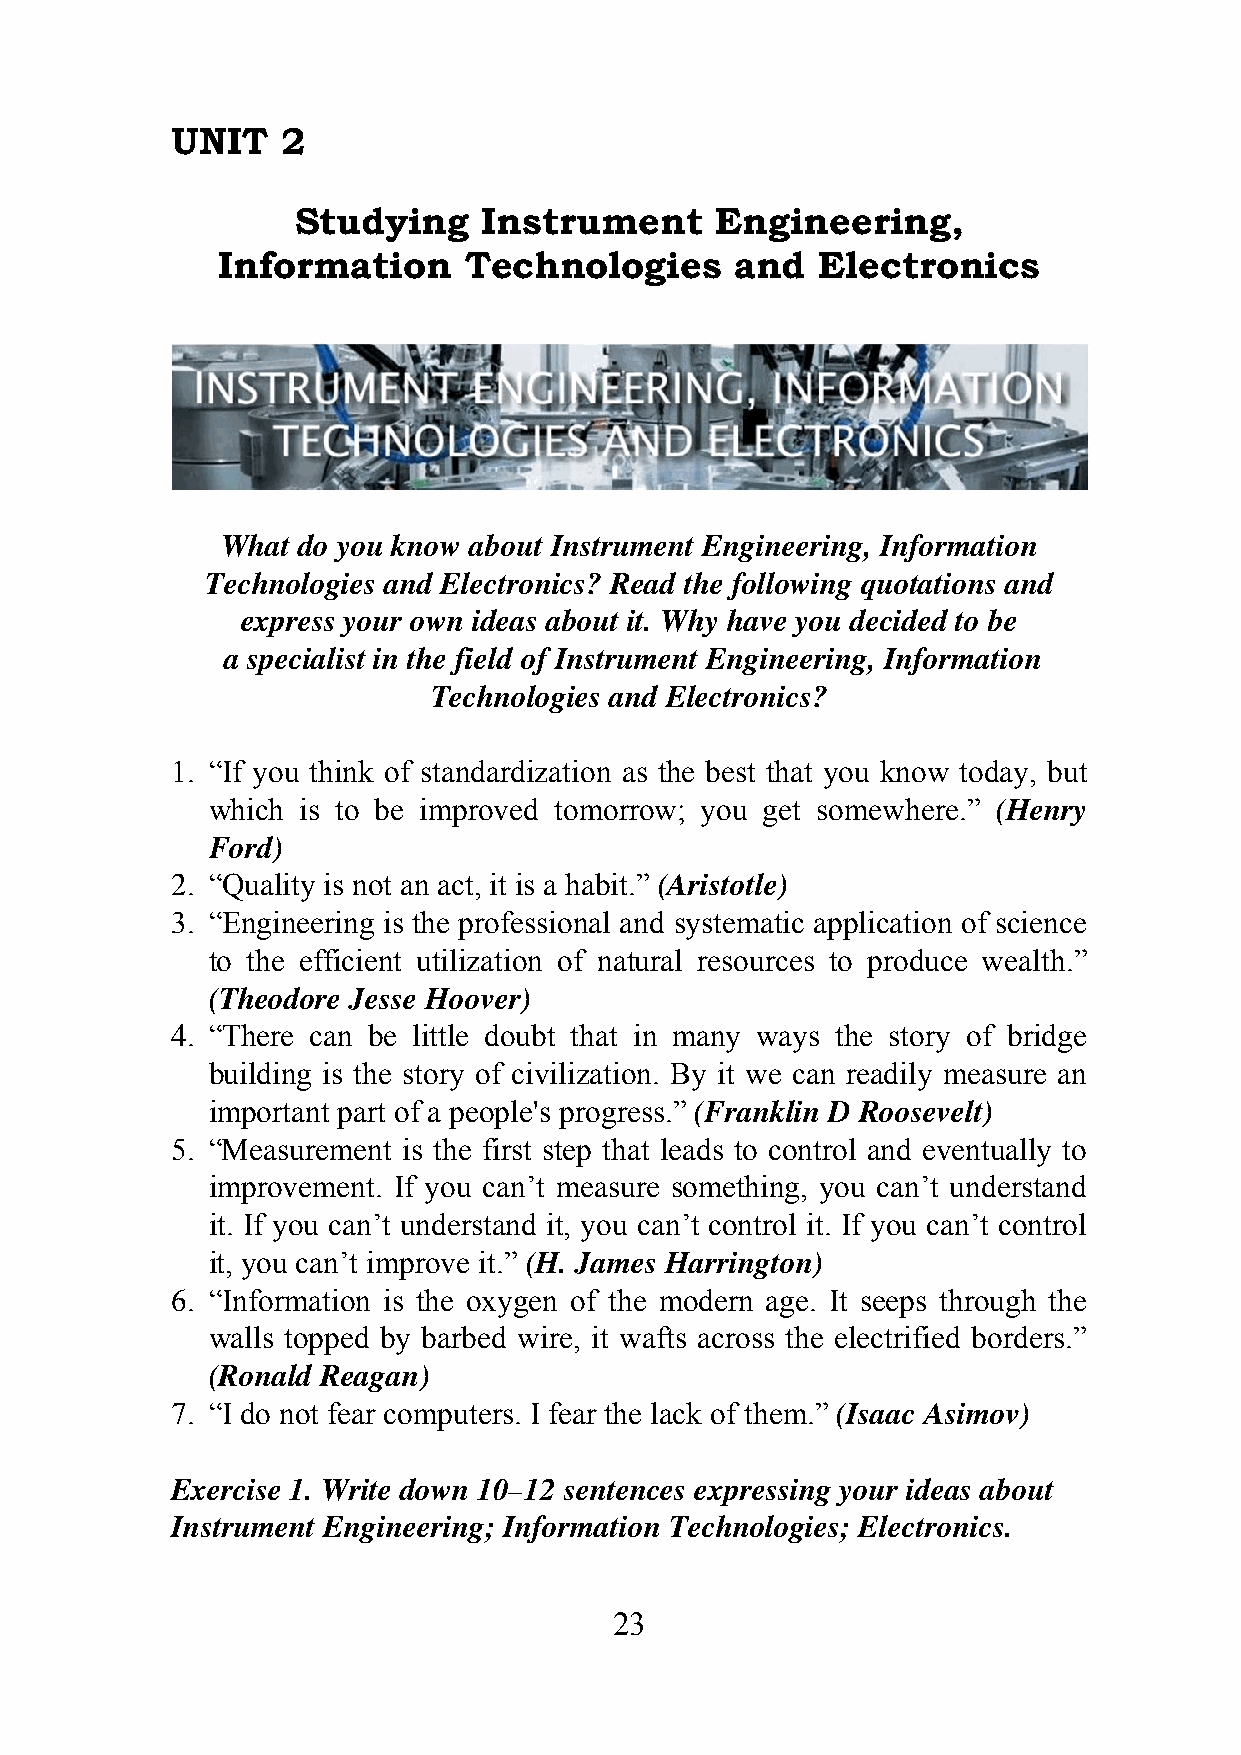
UNIT    2
 Studying     Instrument     Engineering,
 Information      Technologies      and  Electronics
 What do you know about Instrument Engineering, Information
 Technologies and Electronics? Read the following quotations and
 express your own ideas about it. Why have you decided to be
 a specialist in the field of Instrument Engineering, Information
 Technologies and Electronics?
 1. “If you think of standardization as the best that you know today, but
 which is to be improved tomorrow; you get somewhere.” (Henry
 Ford)
 2. “Quality is not an act, it is a habit.” (Aristotle)
 3. “Engineering is the professional and systematic application of science
 to the efficient utilization of natural resources to produce wealth.”
 (Theodore Jesse Hoover)
 4. “There can be little doubt that in many ways the story of bridge
 building is the story of civilization. By it we can readily measure an
 important part of a people's progress.” (Franklin D Roosevelt)
 5. “Measurement is the first step that leads to control and eventually to
 improvement. If you can’t measure something, you can’t understand
 it. If you can’t understand it, you can’t control it. If you can’t control
 it, you can’t improve it.” (H. James Harrington)
 6. “Information is the oxygen of the modern age. It seeps through the
 walls topped by barbed wire, it wafts across the electrified borders.”
 (Ronald Reagan)
 7. “I do not fear computers. I fear the lack of them.” (Isaac Asimov)
 Exercise 1. Write down 10–12 sentences expressing your ideas about
 Instrument Engineering; Information Technologies; Electronics.
 23